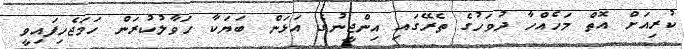
ކުރިއަށް އޮތް މަހެއްހާ ދުވަހުގެ ތެރޭގައި އިންޖީނުގެ އަޅަން ބަޔަކާ ހަވާލުކުރަން ހަމަޖެހިފައިވީ